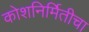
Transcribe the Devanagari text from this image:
कोशनिर्मितीचा